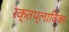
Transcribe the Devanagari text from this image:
रक्तप्लाविका